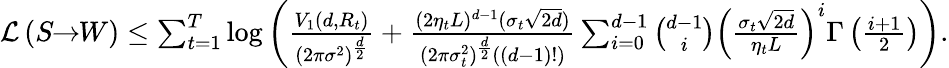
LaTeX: \begin{array}{r}{\mathcal{L}\left(S\! \! \to\! \! W\right)\leq\sum_{t=1}^{T}\log\left(\frac{V_{1}(d,R_{t})}{(2\pi\sigma^{2})^{\frac{d}{2}}}+\frac{(2\eta_{t}L)^{d-1}(\sigma_{t}\sqrt{2d})}{(2\pi\sigma_{t}^{2})^{\frac{d}{2}}((d-1)!)}\sum_{i=0}^{d-1}{\binom{d-1}{i}}\left(\frac{\sigma_{t}\sqrt{2d}}{\eta_{t}L}\right)^{i}\Gamma\left(\frac{i+1}{2}\right)\right).}\end{array}